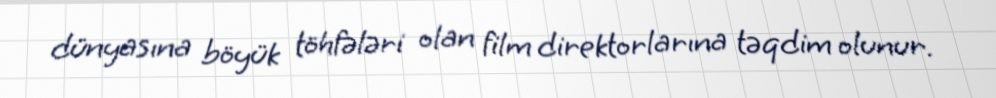
dünyasına böyük töhfələri olan film direktorlarına təqdim olunur.